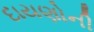
દાયણોની